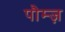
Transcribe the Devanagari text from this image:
पौम्ज़